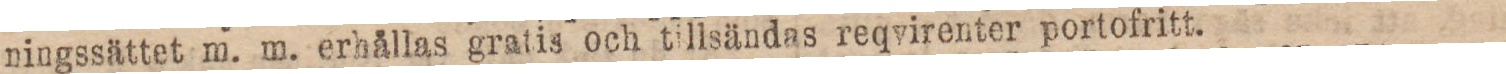
ningssättet m. m. erhållas gratis och tillsändas reqvirenter portofritt.